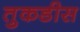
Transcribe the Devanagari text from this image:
तुकडीस